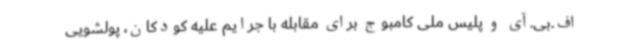
اف.بی.آی و پلیس ملی کامبوج برای مقابله با جرایم علیه کودکان، پولشویی